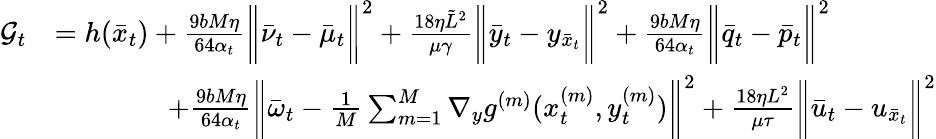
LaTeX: \begin{array}{rl}{\mathcal{G}_{t}}&{=h(\bar{x}_{t})+\frac{9bM\eta}{64\alpha_{t}}\bigg\| \bar{\nu}_{t}-\bar{\mu}_{t}\bigg\| ^{2}+\frac{18\eta\tilde{L}^{2}}{\mu\gamma}\bigg\| \bar{y}_{t}-y_{\bar{x}_{t}}\bigg\| ^{2}+\frac{9bM\eta}{64\alpha_{t}}\bigg\| \bar{q}_{t}-\bar{p}_{t}\bigg\| ^{2}}\\ &{\qquad\qquad+\frac{9bM\eta}{64\alpha_{t}}\bigg\| \bar{\omega}_{t}-\frac{1}{M}\sum_{m=1}^{M}\nabla_{y}g^{(m)}(x_{t}^{(m)},y_{t}^{(m)})\bigg\| ^{2}+\frac{18\eta L^{2}}{\mu\tau}\bigg\| \bar{u}_{t}-u_{\bar{x}_{t}}\bigg\| ^{2}}\end{array}